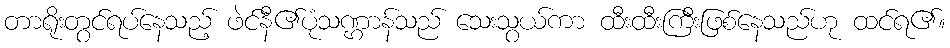
တာရိုးတွင်ရပ်နေသည့် ဖဲင်နီ၏ပုံသဏ္ဌာန်သည် သေးသွယ်ကာ ထီးထီးကြီးဖြစ်နေသည်ဟု ထင်ရ၏။